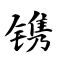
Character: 镌